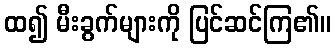
ထ၍ မီးခွက်များကို ပြင်ဆင်ကြ၏။